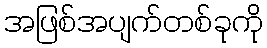
အဖြစ်အပျက်တစ်ခုကို